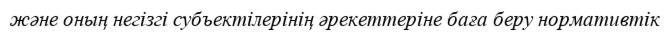
және оның негізгі субъектілерінің әрекеттеріне баға беру нормативтік